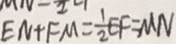
E N + F M = \frac { 1 } { 2 } E F = M N